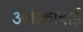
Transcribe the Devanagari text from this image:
अंबीकाबाई